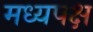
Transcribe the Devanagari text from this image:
मध्यपक्ष